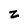
Character: 2